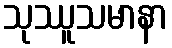
သုဿူသမာနာ